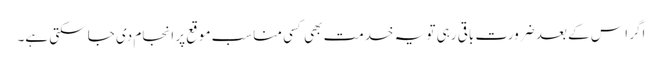
اگر ا س کے بعد ضرورت باقی رہی تو یہ خدمت بھی کسی مناسب موقع پر انجام دی جا سکتی ہے۔